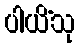
ပါယိံသု